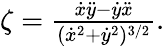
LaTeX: \begin{array}{r}{\zeta=\frac{\dot{x}\ddot{y}-\dot{y}\ddot{x}}{(\dot{x}^{2}+\dot{y}^{2})^{3/2}}.}\end{array}